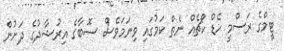
ޓީމްގެ ރަސްމީ ހެޑް ކޯޗެއް ނެތް ކަމުގައި ވިނަމަވެސް ސޮބާގެ އިރުޝާދުގެ ދަށުން